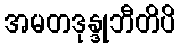
အမတဒုန္ဒုဘီတိပိ